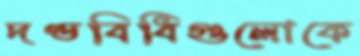
দণ্ডবিধিগুলোকে